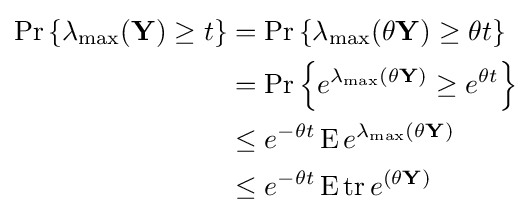
{\begin{aligned}\Pr \left\{\lambda _{\max }(\mathbf {Y} )\geq t\right\}&=\Pr \left\{\lambda _{\max }(\mathbf {\theta Y} )\geq \theta t\right\}\\&=\Pr \left\{e^{\lambda _{\max }(\theta \mathbf {Y} )}\geq e^{\theta t}\right\}\\&\leq e^{-\theta t}\operatorname {E} e^{\lambda _{\max }(\theta \mathbf {Y} )}\\&\leq e^{-\theta t}\operatorname {E} \operatorname {tr} e^{(\theta \mathbf {Y} )}\end{aligned}}